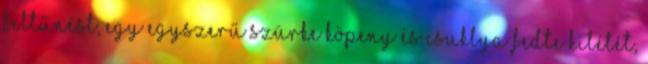
feltűnést, egy egyszerű szürke köpeny és csuklya fedte kilétét,